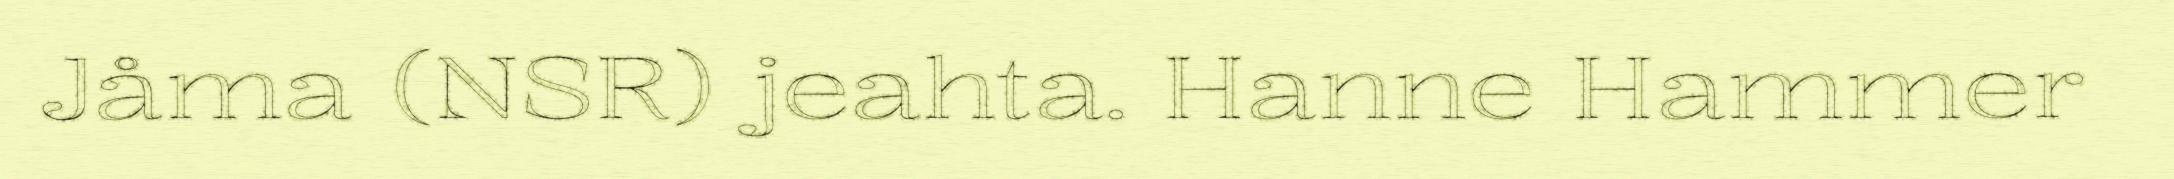
Jåma (NSR) jeahta. Hanne Hammer